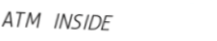
ATM INSIDE